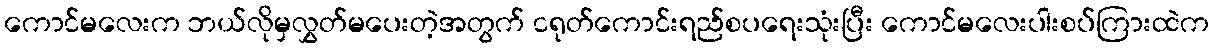
ကောင်မလေးက ဘယ်လိုမှလွှတ်မပေးတဲ့အတွက် ငရုတ်ကောင်းရည်စပရေးသုံးပြီး ကောင်မလေးပါးစပ်ကြားထဲက